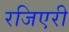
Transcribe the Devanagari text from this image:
रजिएरी